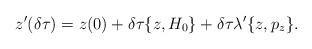
LaTeX: \begin{align*}z'(\delta \tau ) = z(0) + \delta \tau \{z, H_0 \} + \delta \tau \lambda' \{z, p_z \}.\end{align*}